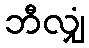
ဘီလျှံ